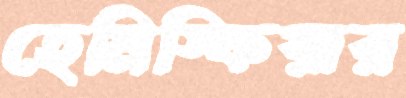
হেমিস্ফিয়ার